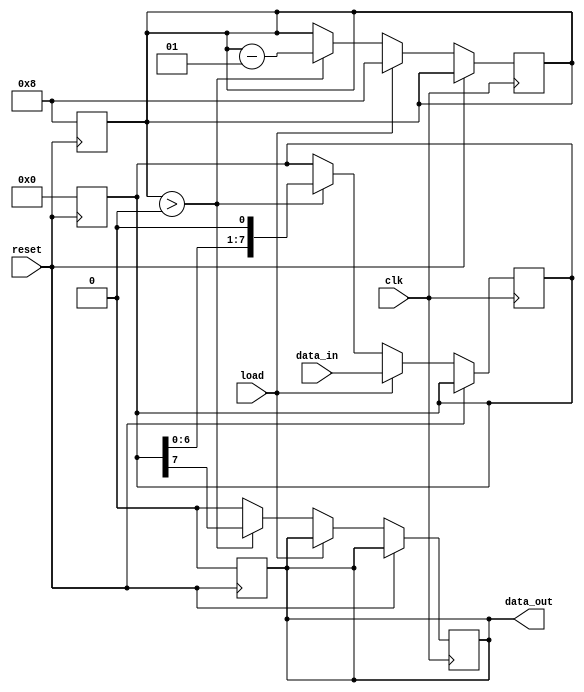
module PISO_Register #(
    parameter width = 8  // Parameter defining the width of the register
)(
    input wire [width-1:0] data_in,  // Parallel input data bus
    input wire load,                  // Control signal to load data
    input wire clk,                   // Clock signal
    input wire reset,                 // Asynchronous reset signal
    output reg data_out               // Serial output data line
);

    reg [width-1:0] shift_reg;        // Internal storage register
    integer bit_counter;               // Counter for serial output

    // Asynchronous reset
    always @(posedge reset) begin
        shift_reg <= 0;               // Clear storage register on reset
        data_out <= 0;                // Clear output on reset
        bit_counter <= width;          // Reset bit counter
    end

    // Main operation on clock edge
    always @(posedge clk) begin
        if (reset) begin
            // Do nothing, already handled by reset
        end else if (load) begin
            shift_reg <= data_in;      // Load parallel data into shift register
            bit_counter <= width;       // Reset bit counter
        end else if (bit_counter > 0) begin
            data_out <= shift_reg[width-1]; // Output the MSB
            shift_reg <= {shift_reg[width-2:0], 1'b0}; // Shift left
            bit_counter <= bit_counter - 1; // Decrease bit counter
        end else begin
            data_out <= 0;              // If no data to shift, output 0
        end
    end

endmodule